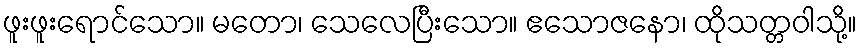
ဖူးဖူးရောင်သော။ မတော၊ သေလေပြီးသော။ ဧသောဇနော၊ ထိုသတ္တဝါသို့။